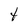
Character: t